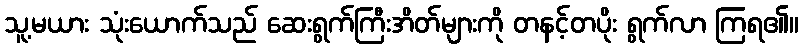
သူ့မယား သုံးယောက်သည် ဆေးရွက်ကြီးအိတ်များကို တနင့်တပိုး ရွက်လာ ကြရ၏။